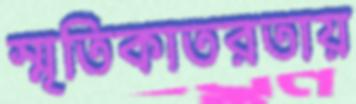
স্মৃতিকাতরতায়